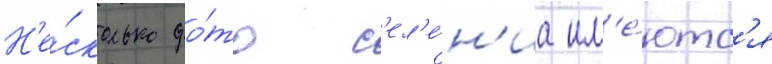
Н'е́сколько фо́то с'ел'е́н'иа им'е́ютс'я